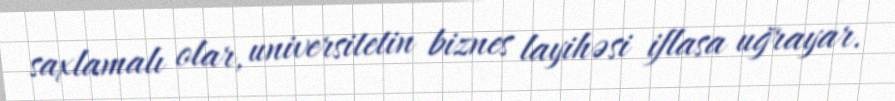
saxlamalı olar, universitetin biznes layihəsi iflasa uğrayar.